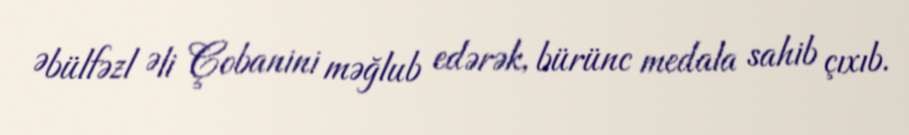
Əbülfəzl Əli Çobanini məğlub edərək, bürünc medala sahib çıxıb.